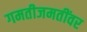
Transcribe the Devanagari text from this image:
गमतीजमतींवर